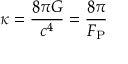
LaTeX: \kappa = { \frac { 8 \pi G } { c ^ { 4 } } } = { \frac { 8 \pi } { F _ { \mathrm { P } } } }